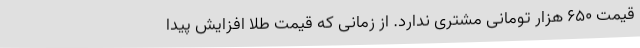
قیمت 650 هزار تومانی مشتری ندارد. از زمانی که قیمت طلا افزایش پیدا